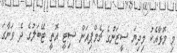
މި މޮޅާއެކު މިދިޔަ ސީޒަނުގެ ޗެމްޕިއަން ސިޓީ އޮތީ ޓޭބަލުގެ ދެ ވަނާގަ